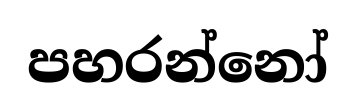
පහරන්නෝ